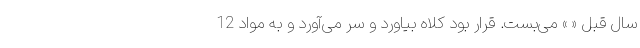
سال قبلِ « » می‌بست. قرار بود کلاه بیاورد و سر می‌آورد و به مواد 12